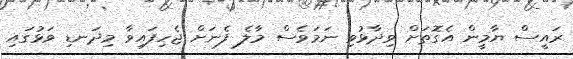
ރައީސް ޔާމީން އެގޮތަށް ވިދާޅުވި ނަމަވެސް މާލެ ފެނަށް ޖެހިފައިވާ މިދަނޑި ވަޅުގައި